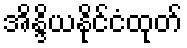
အိန္ဒိယနိုင်ငံထုတ်